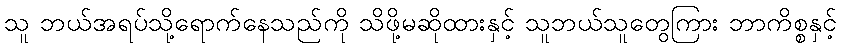
သူ ဘယ်အရပ်သို့ရောက်နေသည်ကို သိဖို့မဆိုထားနှင့် သူဘယ်သူတွေကြား ဘာကိစ္စနှင့်